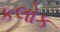
કલોક